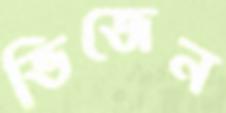
ভিজেন